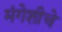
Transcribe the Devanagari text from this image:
मंगेशीचे